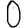
Digit: 0